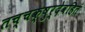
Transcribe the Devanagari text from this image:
तच्चक्षुर्देवहितं